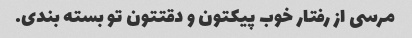
مرسی از رفتار خوب پیکتون و دقتتون تو بسته بندی.